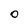
Character: o